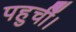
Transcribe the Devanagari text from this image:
पहुचीँ।